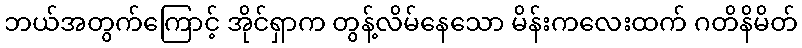
ဘယ်အတွက်ကြောင့် အိုင်ရှာက တွန့်လိမ်နေသော မိန်းကလေးထက် ဂတိနိမိတ်